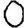
Digit: 0